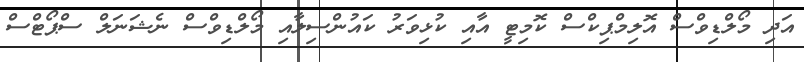
އަދި މޯލްޑިވްސް އޮލިމްޕިކްސް ކޮމިޓީ އާއި ކުޅިވަރު ކައުންސިލާއި މޯލްޑިވްސް ނެޝަނަލް ސްޕޯޓްސް